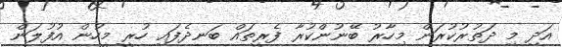
އަދި މި ދަތުރުކުރަން މިހާރު ބޭނުންކުރާ ފެރީތައް ބަނދެފައި ހުރީ މީހުން އުފުލަން